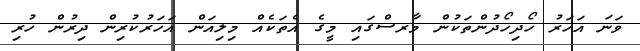
ވަނަ އަހަރު ހޯދިހޯދުންތަކުން މާރސްގައި މީގެ އެތަކެއް މިލިއަން އަހަރުކުރިން ދިރުން ހުރި